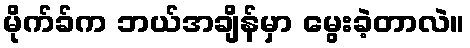
မိုက်ခ်က ဘယ်အချိန်မှာ မွေးခဲ့တာလဲ။